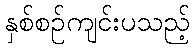
နှစ်စဉ်ကျင်းပသည့်